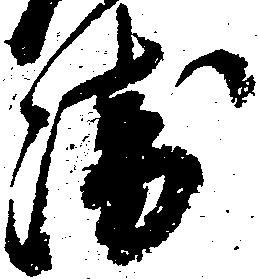
衛